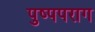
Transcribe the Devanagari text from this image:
पुष्पपराग